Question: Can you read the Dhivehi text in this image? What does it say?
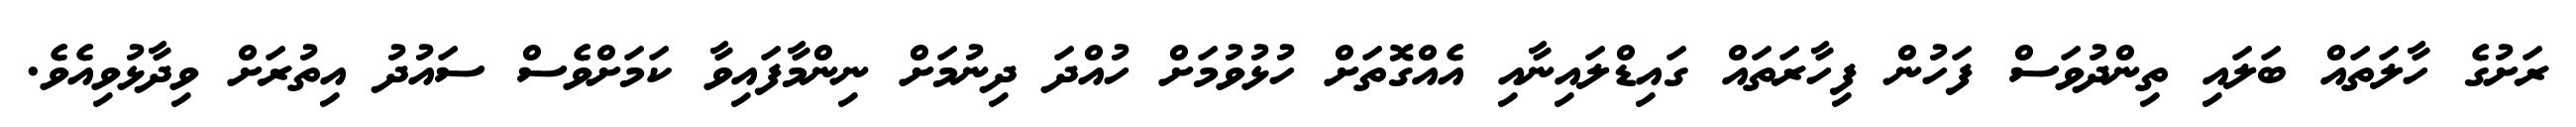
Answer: ރަށުގެ ހާލަތައް ބަލައި ތިންދުވަސް ފަހުން ފިހާރަތައް ގައިޑްލައިނާއި އެއްގޮތަށް ހުޅުވުމަށް ހުއްދަ ދިނުމަށް ނިންމާފައިވާ ކަމަށްވެސް ސައުދު އިތުރަށް ވިދާޅުވިއެވެ.